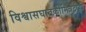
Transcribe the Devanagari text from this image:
विश्वासघातकीमित्रद्रोही